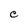
Character: C